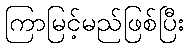
ကြာမြင့်မည်ဖြစ်ပြီး